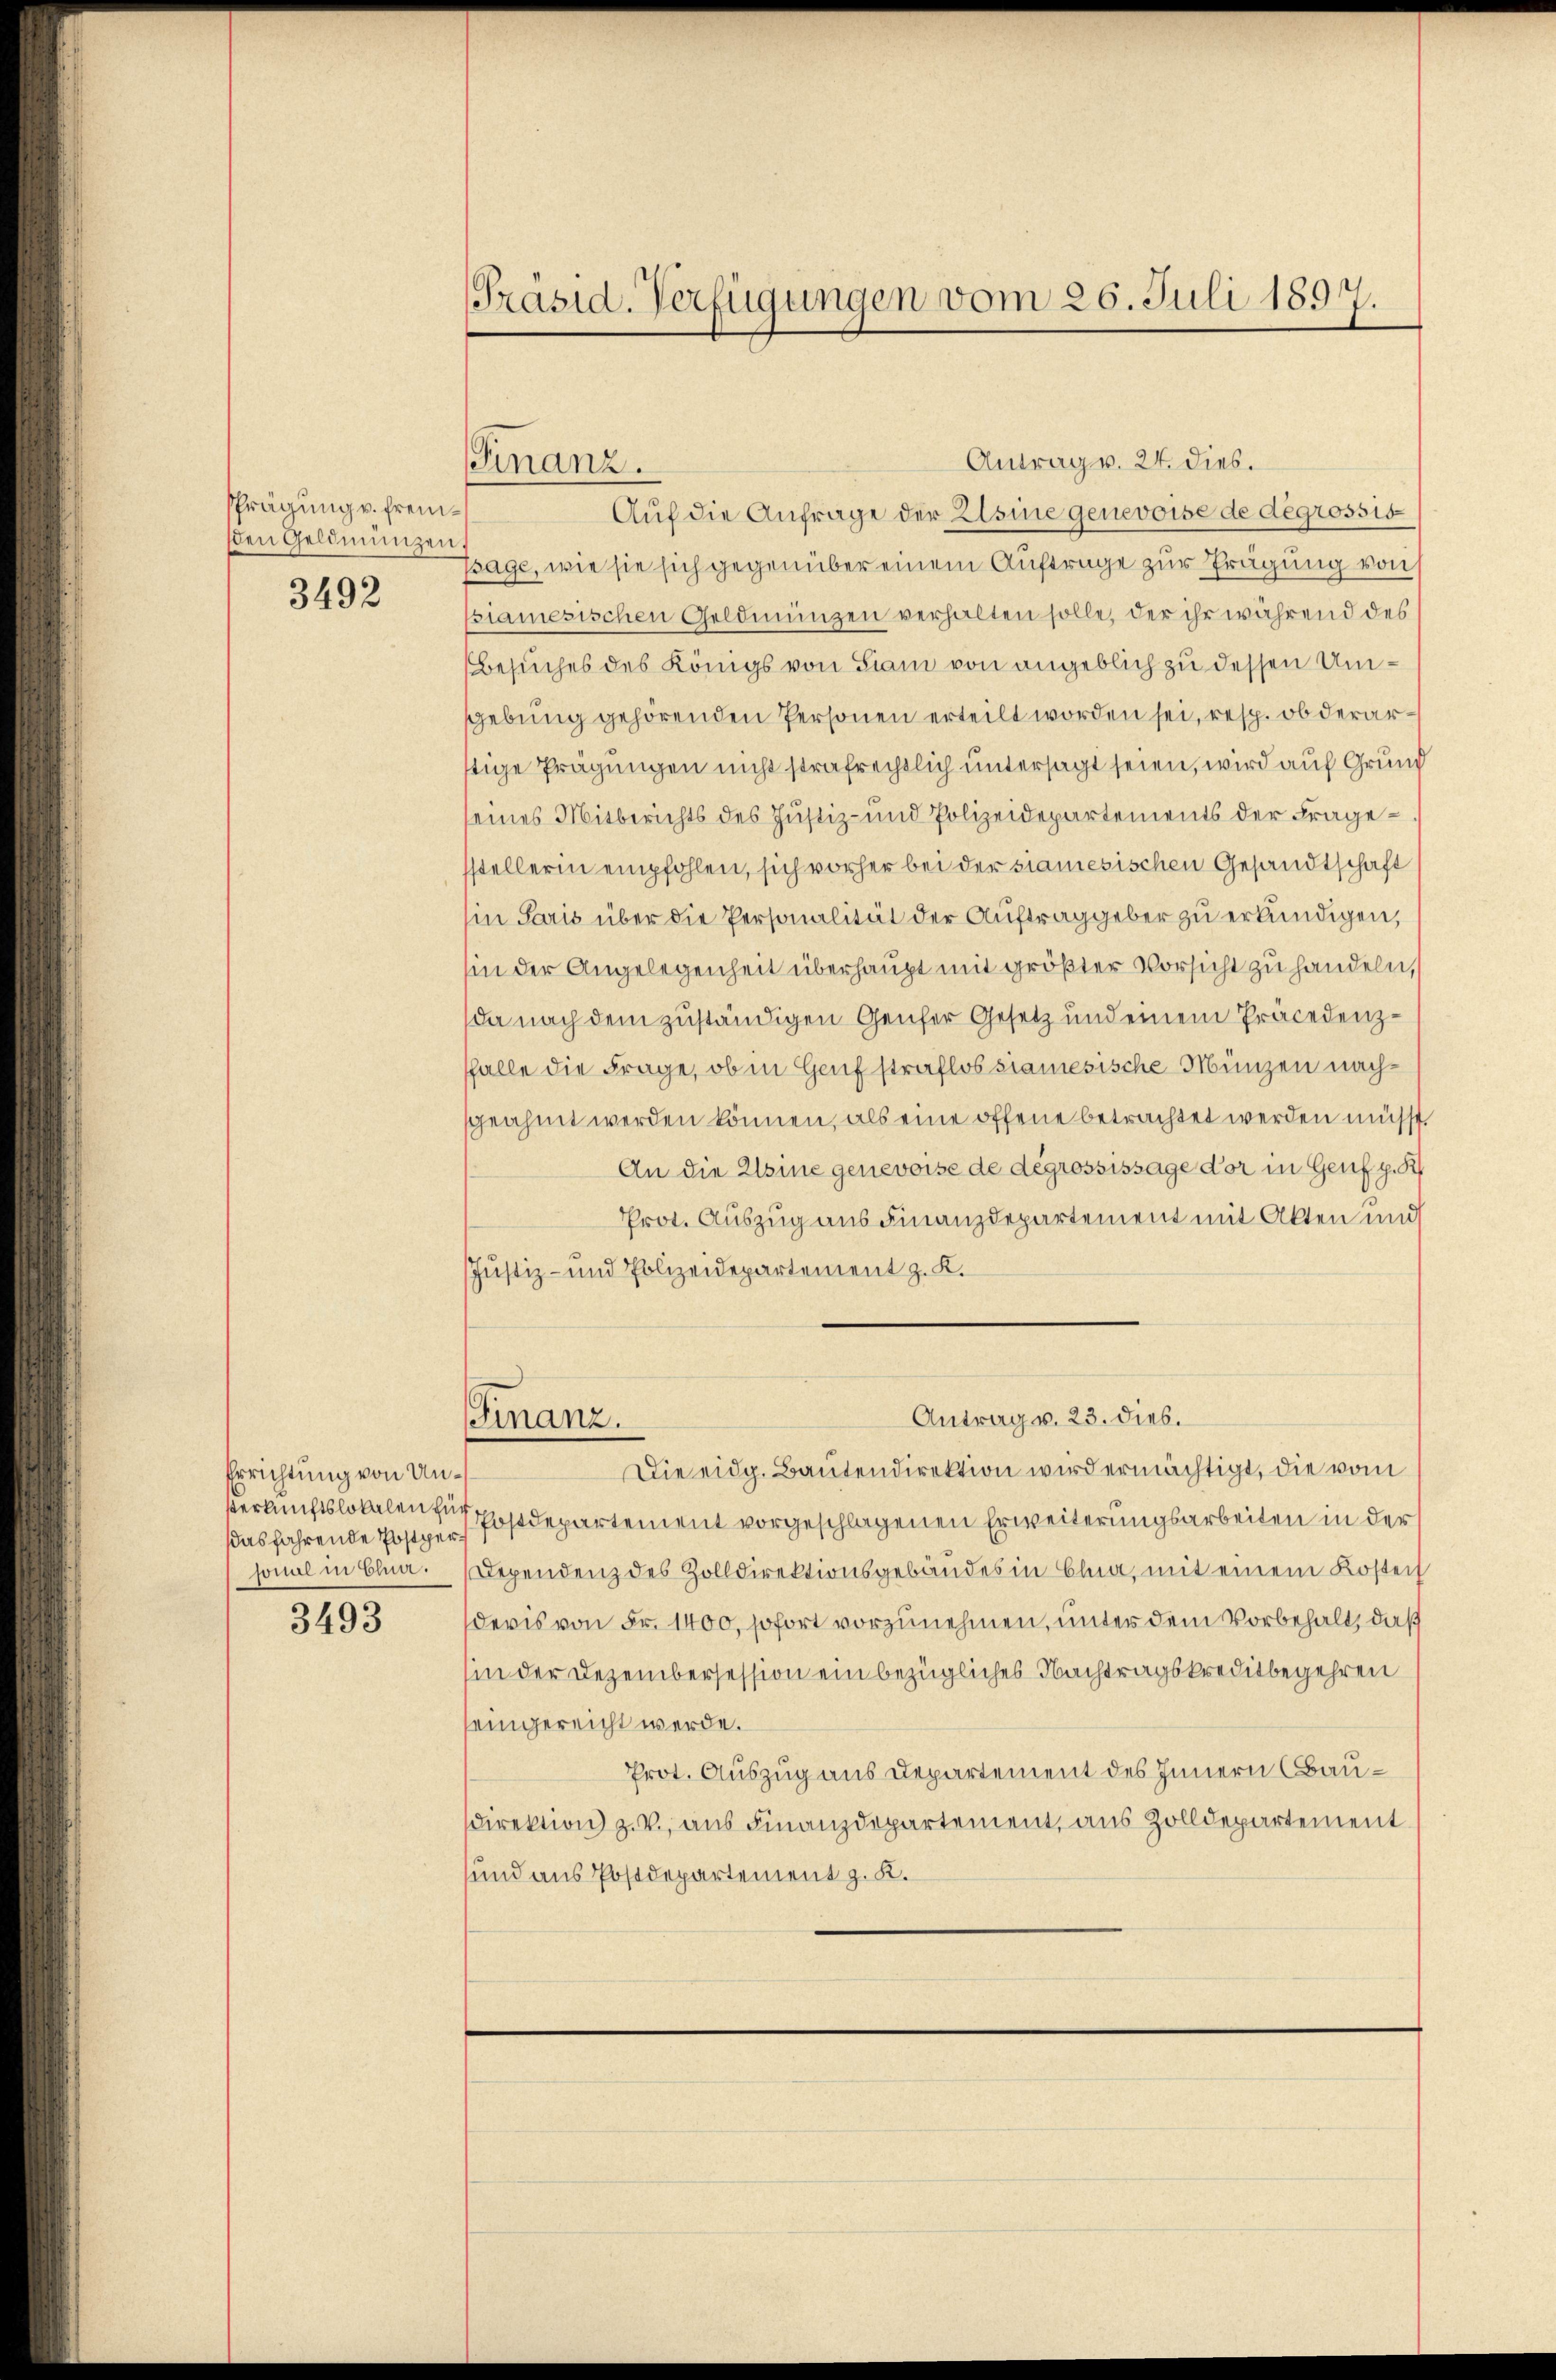
sprägung v. fremden Geldmünzen

3492

Errichtung von Un¬
Verkunftslokalen für
ddas fahrende Postpersonal in Chur.

3493

Präsid. Verfügungen vom 20. Juli 1897.

Finanz.

Antrag v. 24. dies.
Auf die Anfrage der Elsine genevoise de degrossis
Esage, wie sie sich gegenüber einem Auftrage zur Prägung von
siamesischen Geldmünzen verhalten solle, der ihr während des
Besuches des Königs von Siam von angeblich zu dessen Umsebung gehörenden Personen erteilt worden sei, resp. ob derarstige Prägungen nicht strafrechtlich untersagt seien, wird auf Grund
seines Mitberichts des Justiz- und Polizeidepartements der Fragesstellerin empfohlen, sich vorher bei der samesischen Gesandtschaft
in Paris über die Personalität der Auftraggeber zu erkundigen,
sin der Angelegenheit überhaupt mit größter Vorsicht zu handeln,
da nach dem zuständigen Genfer Gesetz und einem Präcedenzfalle die Frage, ob in Genf straflos samesische Münzen nachsgeahmt werden können, als eine offene betrachtet werden müsst,
An die Elsine genevoise de degrossissage vor in Genf g. R
Prot. Auszug aus Finanzdepartement mit Akten und
Justiz- und Polizeidepartement z. K.
Antrag v. 23. dies.
Finanz.
Die eidg. Baŭtendirektion wird ermächtigt, die vom
Postdepartement vorgeschlagenen Erweiterungsarbeiten in der
Dependenz des Zolldirektionsgebäudes in Elna, mit einem Kosten
devis von Fr. 1400, sofort vorzunehmen, unter dem Vorbehalt, daß
hin der Dezembersession ein bezügliches Nachtragskreditbegehren
eingereicht werde.
Prot. Auszug aus Departement des Innern Baudirektion z. V., aus Finanzdepartement, aus Zolldepartement
sund aus Postdepartement z. K.